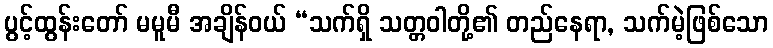
ပွင့်ထွန်းတော် မမူမီ အချိန်ဝယ် “သက်ရှိ သတ္တဝါတို့၏ တည်နေရာ, သက်မဲ့ဖြစ်သော